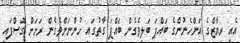
އެއީ ރިޔާޒްގެ އަންހެނުންގެ ބައްޕަ ބަލިވެގެން ބައްޕަ ގާތުގައި ހުންނަންވެގެން ރަށަށް ގޮސްފައި